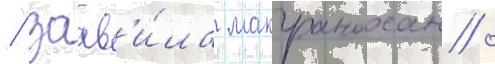
/ заав'и́ла макгранахан /